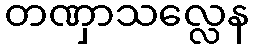
တဏှာသလ္လေန